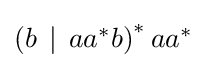
\textstyle \left(b\,\mid \,aa^{*}b\right)^{*}aa^{*}